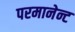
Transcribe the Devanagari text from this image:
परमानेन्ट